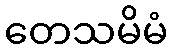
တေသမိမံ